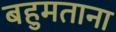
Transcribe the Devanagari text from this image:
बहुमताना